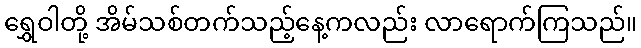
ရွှေဝါတို့ အိမ်သစ်တက်သည့်နေ့ကလည်း လာရောက်ကြသည်။